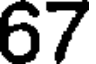
67